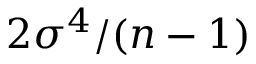
2 \sigma ^ { 4 } / ( n - 1 )